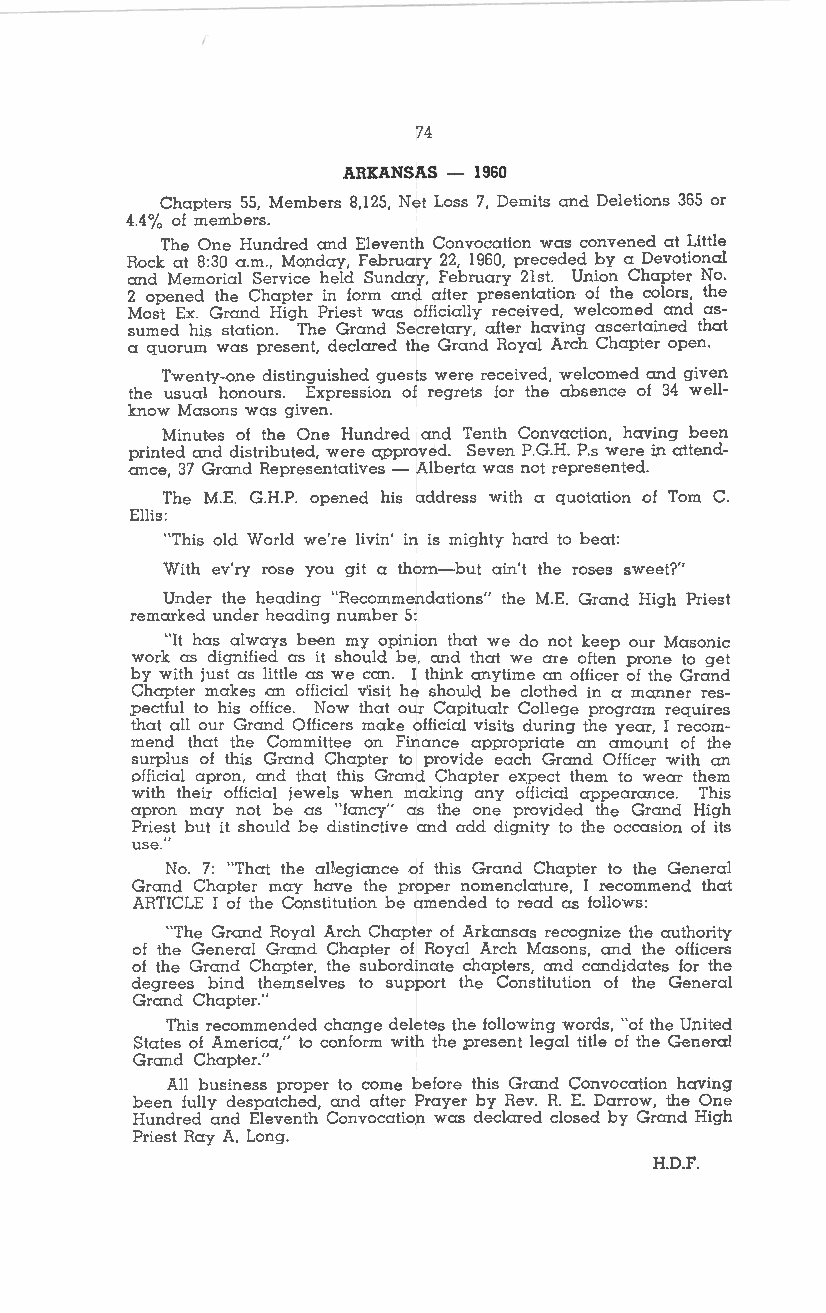
74
 ARKANSAS - 1960
 Chapters 55, Members B,125, Net Loss 7, Demits and Deletions 365 or
 4.4 % of members.
 The One Hundred and Eleventh Convocation was convened al Little
 Rock at 8:30 a.m., Monday, February 22, 1960, preceded by a Devotional
 and Memorial Service held Sunday, February 21st. Union Chapter No.
 2 opened the Chapter in form and after presentation of the colors, the
 Most Ex. Grand High Priest was officially received, welcomed and as
 sumed his station. The Grand Secretary, after having ascertained that
 a quorum was present, declared the Grand Royal Arch Chapter open.
 Twenty-one distinguished guests were received, welcomed and given
 the usual honours. Expression of regrets for the absence of 34 well
 know Masons was given.
 Minutes of the One Hundred and Tenth Convaction, having been
 printed and distributed, were approved. Seven P.G.H. P.s were in attend
 ance, 37 Grand Representatives - Alberta was not represented.
 The M.E. G.H.P. opened his address with a quotation of Tom C.
 Ellis:
 "This old World we're livin' in is mighty hard lo beat:
 With ev'ry rose you git a thorn-but ain't the roses sweet?"
 Under the heading "Recommendations" the M.E. Grand High Priest
 remarked under heading number 5:
 "It has always been my opinion that we do not keep our Masonic
 work as dignified as it should be, and that we are often prone to gel
 by with just as little as we can. I think anytime an officer of the Grand
 Chapter makes an official v'isit he should be clothed in a manner res
 pectful lo his office. Now that our Capilualr College program requires
 that all our Grand Officers make official visits during the year, I recom
 mend that the Committee on Finance appropriate an amount of the
 surplus of this Grand Chapter to provide each Grand Officer with an
 official apron, and that this Grand Chapter expect them to wear them
 with their official jewels when making any official appearance. This
 apron may not be as "fancy" as the one provided the Grand High
 Prie?.t but it should be distinctive and add dignity lo the occasion of its
 use.
 No. 7: "That the aH.egiance of this Grand Chapter to the General
 Grand Chapter may have the proper nomenclature, I recommend that
 ARTICLE I of the Constitution be amended to read as follows:
 "The Grand Royal Arch Chapter of Arkansas recognize the authority
 of the General Grand Chapter of Royal Arch Masons, and the officers
 of the Grand Chapter, the subordinate chapters, and candidates for the
 degrees bind themselves to support the Constitution of the General
 Grand Chapter."
 This recommended change deletes the following words, "of the United
 Stales of America," to conform with the present legal title of the General
 Grand Chapter."
 All business proper to come before this Grand Convocation having
 been fully despatched, and after Prayer by Rev. R. E. Darrow, the One
 Hundred and Eleventh Convocation was declared closed by Grand High
 Priest Ray A. Long.
 H.D.F.